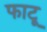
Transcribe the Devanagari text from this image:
फाटू